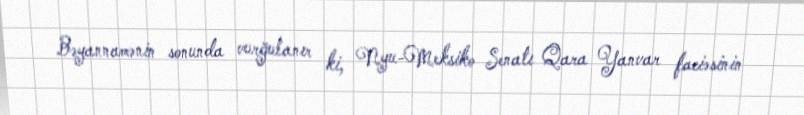
Bəyannamənin sonunda vurğulanır ki, Nyu-Meksiko Senatı Qara Yanvar faciəsinin